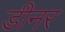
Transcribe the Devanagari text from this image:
डीनर